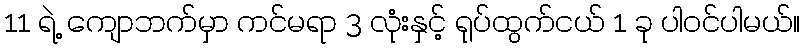
11 ရဲ့ ကျောဘက်မှာ ကင်မရာ 3 လုံးနှင့် ရုပ်ထွက်ငယ် 1 ခု ပါဝင်ပါမယ်။